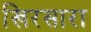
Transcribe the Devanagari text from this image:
खिरसारा